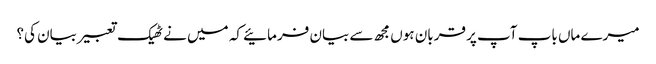
میرے ماں باپ آپ پر قربان ہوں مجھ سے بیان فرمائیے کہ میں نے ٹھیک تعبیر بیان کی؟